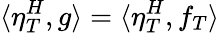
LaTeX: \langle\eta_{T}^{H},g\rangle=\langle\eta_{T}^{H},f_{T}\rangle